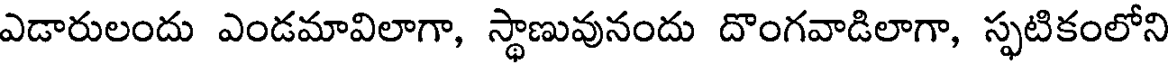
ఎడారులందు ఎండమావిలాగా, స్థాణువునందు దొంగవాడిలాగా, స్ఫటికంలోని